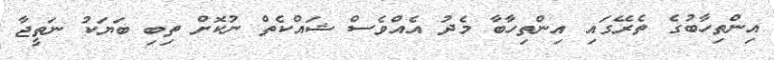
އިންތިހާބުގެ ތެރޭގައި އިންތިހާބާ މެދު އެއްވެސް ޝައްކެތް ނުކޮށް ތިބި ބަޔަކު ނަތީޖާ